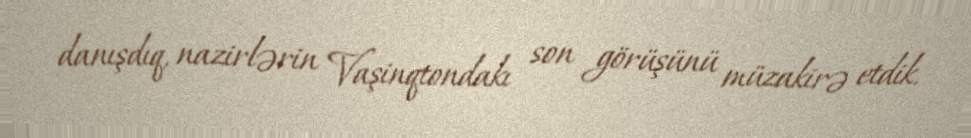
danışdıq, nazirlərin Vaşinqtondakı son görüşünü müzakirə etdik.